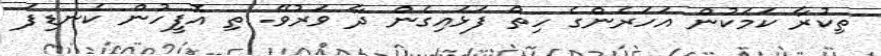
ތިކުރާ ކަމަކުން އަހަރެންގެ ހިތް ފަޅައިގެން ދާ ވަރުވޭ. ތި އޮފީހުން ކެނޑިފަ